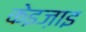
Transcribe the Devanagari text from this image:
केइज़ाइ